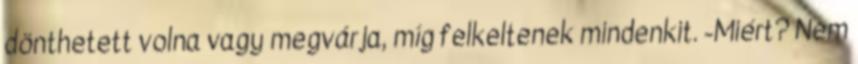
dönthetett volna vagy megvárja, míg felkeltenek mindenkit. -Miért? Nem